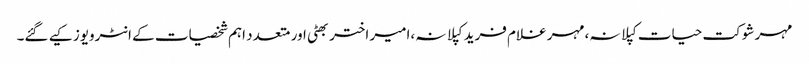
مہر شوکت حیات کپلانہ،مہر غلام فرید کپلانہ،امیر اختر بھٹی اور متعدد اہم شخصیات کے انٹرویوز کیے گئے۔